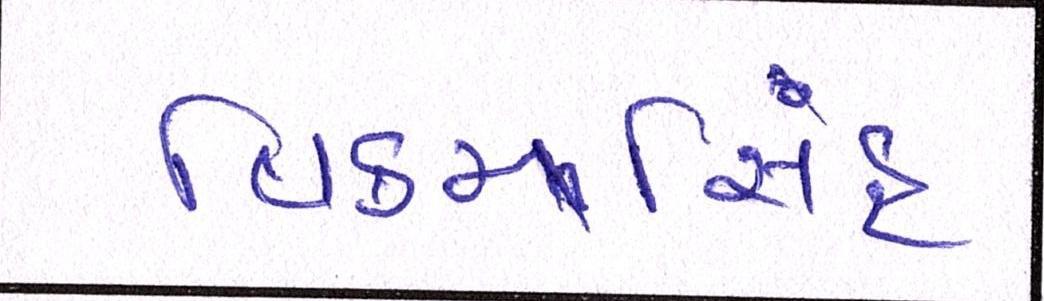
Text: વિક્રમસિંહ